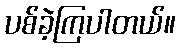
ပစ်ခဲ့ကြပါတယ်။